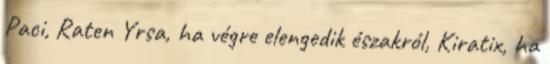
Paci, Raten Yrsa, ha végre elengedik északról, Kiratix, ha